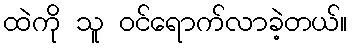
ထဲကို သူ ဝင်ရောက်လာခဲ့တယ်။